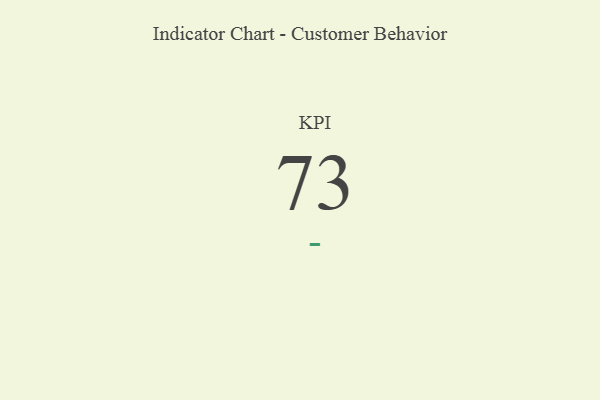
{"axis": {"x": "KPI", "y": "Value"}, "legend": [""], "data": [{"x": "KPI", "y": 73, "type": ""}]}